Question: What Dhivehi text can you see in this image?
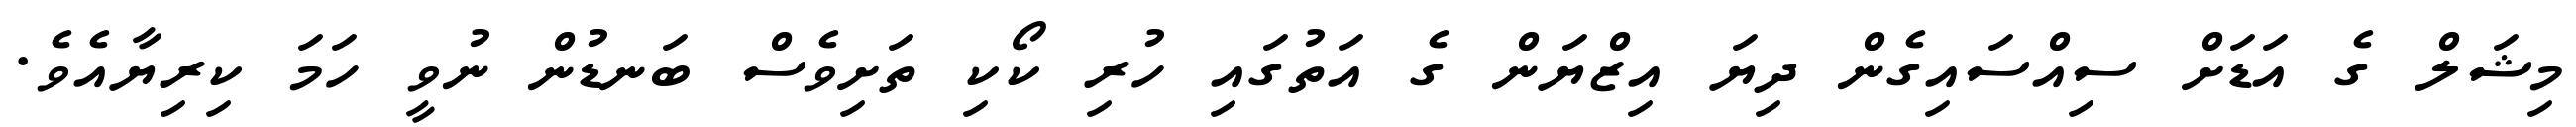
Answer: މިޝަލް ގެ އަޑަށް ސިއްސައިގެން ދިޔަ އިޒްޔަން ގެ އަތުގައި ހުރި ކޯކި ތަށިވެސް ބަނޑުން ނުވީ ހަމަ ކިރިޔާއެވެ.